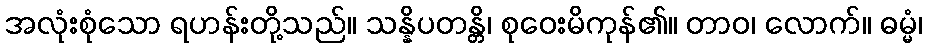
အလုံးစုံသော ရဟန်းတို့သည်။ သန္နိပတန္တိ၊ စုဝေးမိကုန်၏။ တာဝ၊ လောက်။ ဓမ္မံ၊